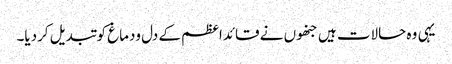
یہی وہ حالات ہیں جنھوں نے قائداعظم کے دل ودماغ کو تبدیل کردیا۔